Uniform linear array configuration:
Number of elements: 4
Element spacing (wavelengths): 1
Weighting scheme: binomial
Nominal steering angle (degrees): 60
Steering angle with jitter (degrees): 60.172
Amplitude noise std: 0.05
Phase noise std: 0.05

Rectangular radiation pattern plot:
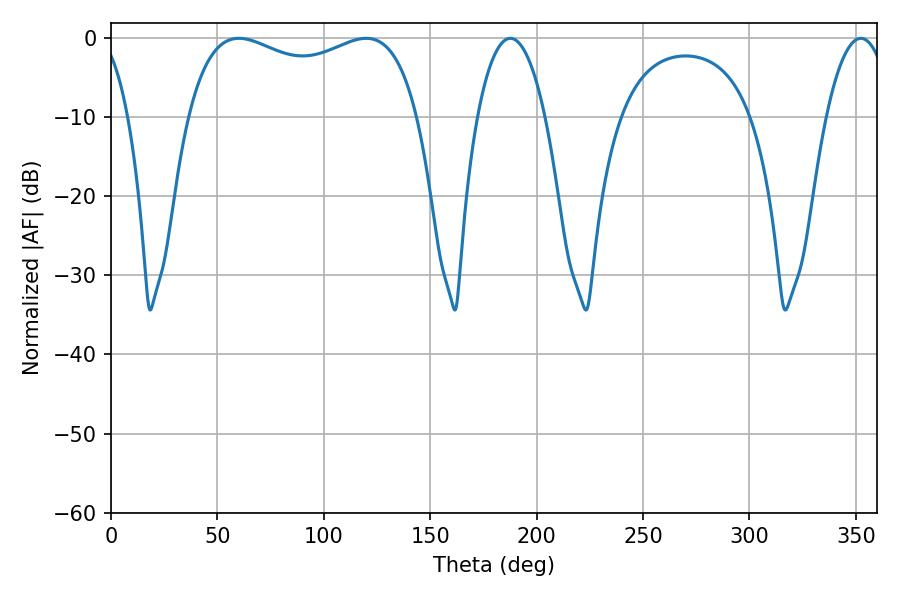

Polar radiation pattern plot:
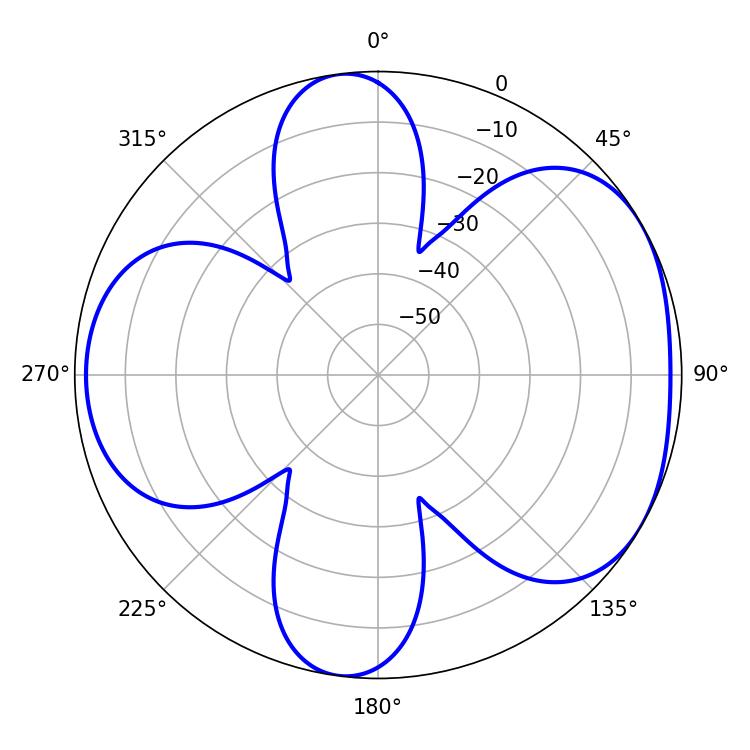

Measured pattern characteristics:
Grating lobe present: TRUE
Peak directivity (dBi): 4.843
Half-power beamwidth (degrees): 88.92
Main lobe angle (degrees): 60.12